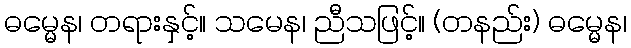
ဓမ္မေန၊ တရားနှင့်။ သမေန၊ ညီသဖြင့်။ (တနည်း) ဓမ္မေန၊